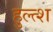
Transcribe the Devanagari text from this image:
हुल्त्श